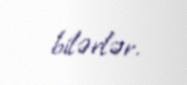
bilərlər.